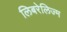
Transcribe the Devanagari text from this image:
लिबरेलिज्म